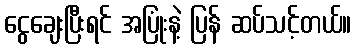
ငွေချေးပြီးရင် အပြုံးနဲ့ ပြန် ဆပ်သင့်တယ်။